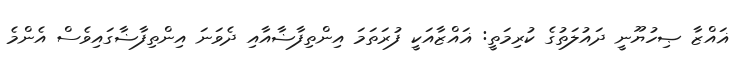
ޣައްޒާ ޞިހުޔޫނީ ދައުލަތުގެ ކުރިމަތީ: ޣައްޒާއަކީ ފުރަތަމަ އިންތިފާޟާއާއި ދެވަނަ އިންތިފާޟާގައިވެސް އެންމެ